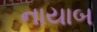
નાયાબ